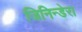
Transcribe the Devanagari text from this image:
जिनिन्डेरा